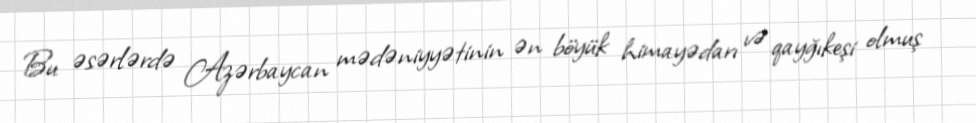
Bu əsərlərdə Azərbaycan mədəniyyətinin ən böyük himayədarı və qayğıkeşi olmuş